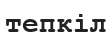
тепкіл